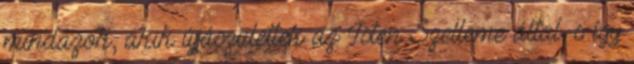
mindazok, akik újjászülettek az Isten Szelleme által, s így